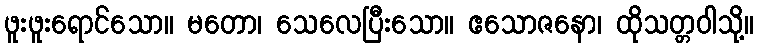
ဖူးဖူးရောင်သော။ မတော၊ သေလေပြီးသော။ ဧသောဇနော၊ ထိုသတ္တဝါသို့။